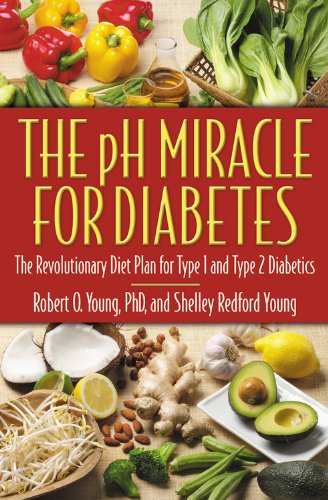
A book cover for The pH Miracle for Diabetes: The Revolutionary Diet Plan for Type 1 and Type 2 Diabetics; Robert O. Young; Health, Fitness & Dieting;